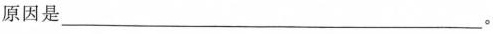
原因是___。